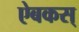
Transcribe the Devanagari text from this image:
ऐबकस्